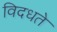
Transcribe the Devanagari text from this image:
विदधते